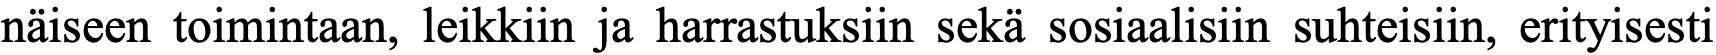
näiseen toimintaan, leikkiin ja harrastuksiin sekä sosiaalisiin suhteisiin, erityisesti